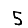
Digit: 5